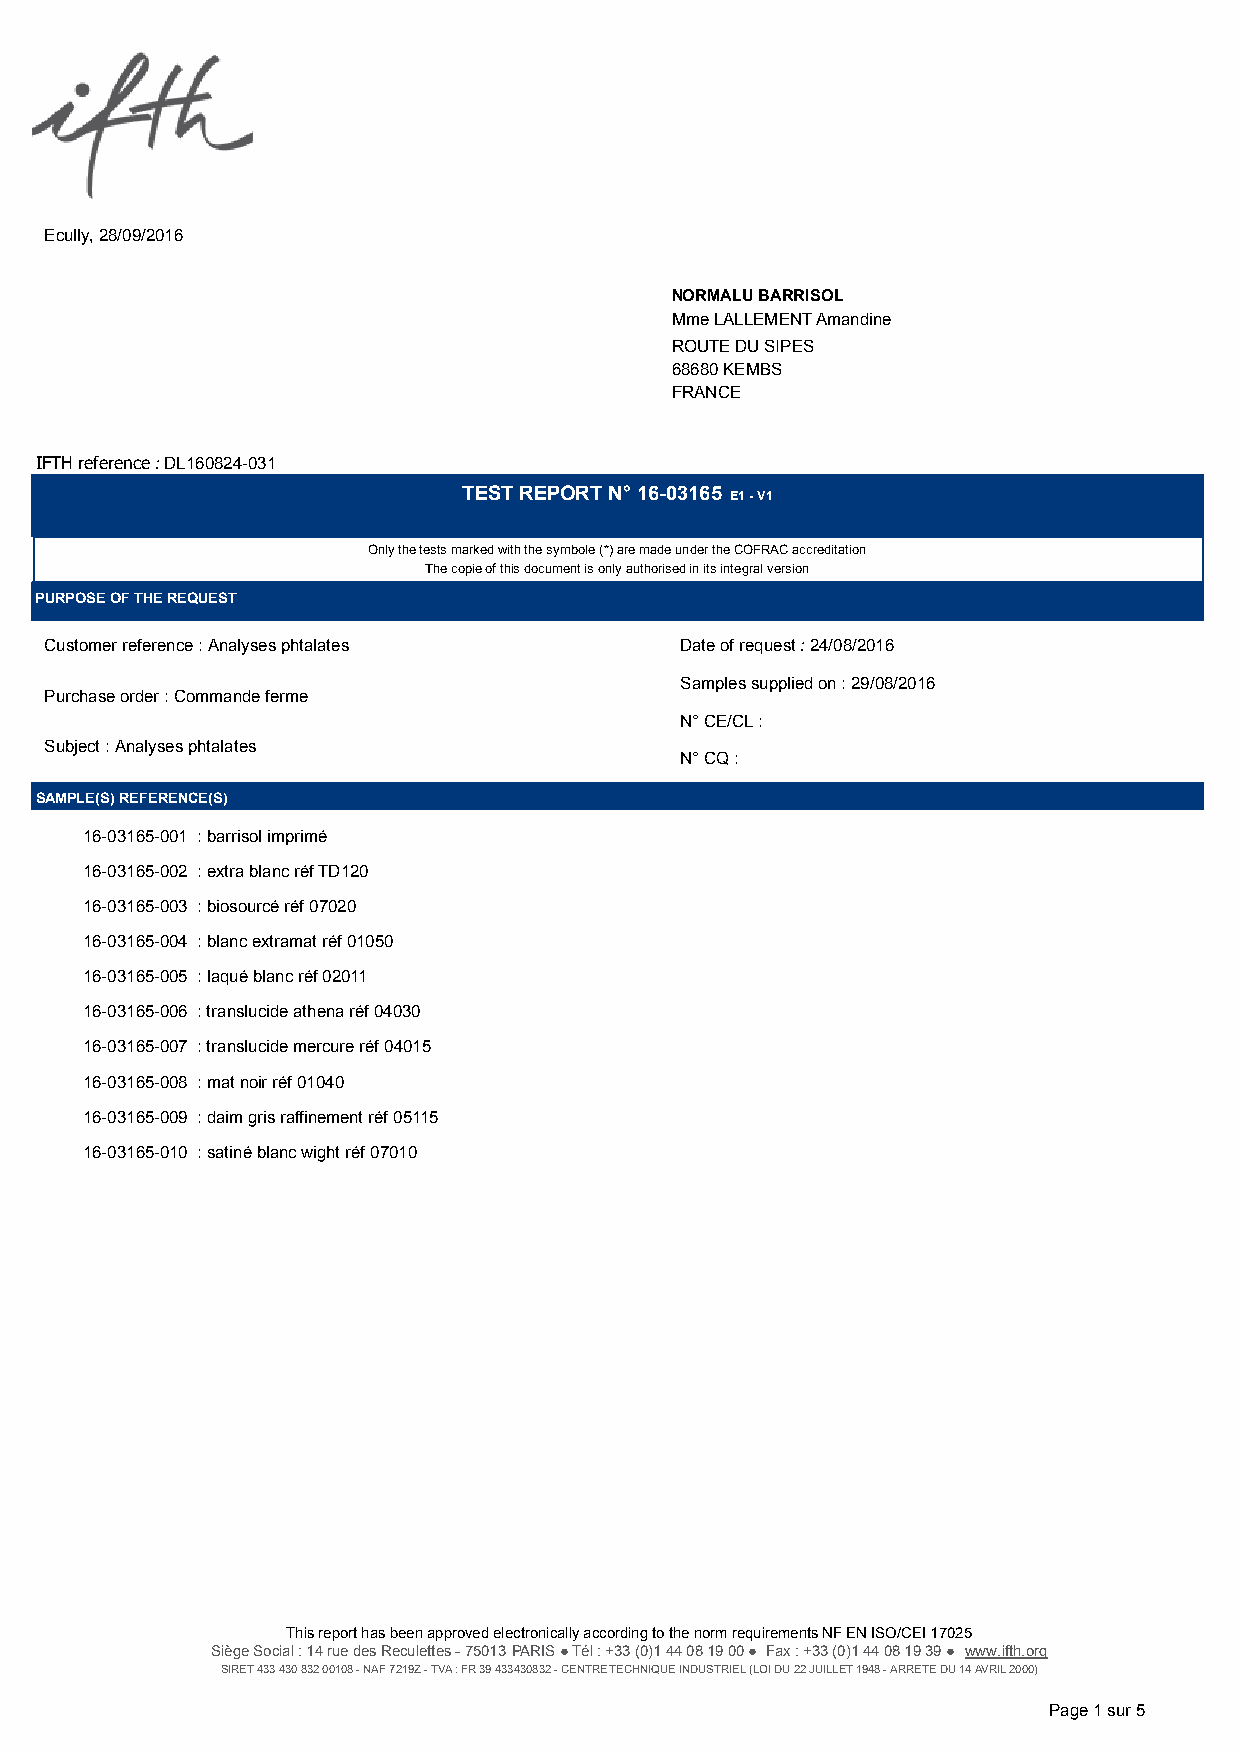
Ecully, 28/09/2016
 NORMALU BARRISOL
 Mme LALLEMENT Amandine
 ROUTE DU SIPES
 68680 KEMBS
 FRANCE
 IFTH reference : DL160824-031
 TEST REPORT N° 16-03165 E1 - V1
 Only the tests marked with the symbole (*) are made under the COFRAC accreditation
 The copie of this document is only authorised in its integral version
 PURPOSE OF THE REQUEST
 Customer reference : Analyses phtalates   Date of request : 24/08/2016
 Samples supplied on : 29/08/2016
 Purchase order : Commande ferme
 N° CE/CL :
 Subject : Analyses phtalates
 N° CQ :
 SAMPLE(S) REFERENCE(S)
 16-03165-001 : barrisol imprimé
 16-03165-002 : extra blanc réf TD120
 16-03165-003 : biosourcé réf 07020
 16-03165-004 : blanc extramat réf 01050
 16-03165-005 : laqué blanc réf 02011
 16-03165-006 : translucide athena réf 04030
 16-03165-007 : translucide mercure réf 04015
 16-03165-008 : mat noir réf 01040
 16-03165-009 : daim gris raffinement réf 05115
 16-03165-010 : satiné blanc wight réf 07010
 This report has been approved electronically according to the norm requirements NF EN ISO/CEI 17025
 Siège Social : 14 rue des Reculettes - 75013 PARIS ● Tél : +33 (0)1 44 08 19 00 ● Fax : +33 (0)1 44 08 19 39 ● www.ifth.org
 SIRET 433 430 832 00108 - NAF 7219Z - TVA : FR 39 433430832 - CENTRE TECHNIQUE INDUSTRIEL (LOI DU 22 JUILLET 1948 - ARRETE DU 14 AVRIL 2000)
 Page 1 sur 5